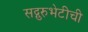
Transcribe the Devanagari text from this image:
सद्गुरुभेटीची